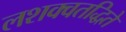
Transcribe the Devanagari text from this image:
लशक्वतद्धिते